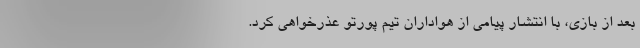
بعد از بازی، با انتشار پیامی از هواداران تیم پورتو عذرخواهی کرد.